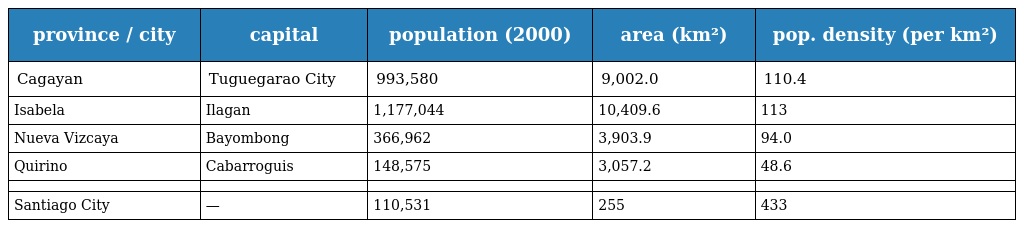
| province / city | capital | population (2000) | area (km²) | pop. density (per km²) |
 | --- | --- | --- | --- | --- |
 | Cagayan | Tuguegarao City | 993,580 | 9,002.0 | 110.4 |
 | Isabela | Ilagan | 1,177,044 | 10,409.6 | 113 |
 | Nueva Vizcaya | Bayombong | 366,962 | 3,903.9 | 94.0 |
 | Quirino | Cabarroguis | 148,575 | 3,057.2 | 48.6 |
 |  |  |  |  |  |
 | Santiago City | — | 110,531 | 255 | 433 |